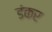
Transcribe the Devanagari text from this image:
डंकर